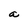
Character: a